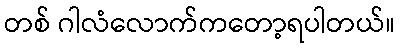
တစ် ဂါလံလောက်ကတော့ရပါတယ်။